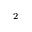
^ 2